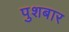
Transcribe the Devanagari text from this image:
पुशबार